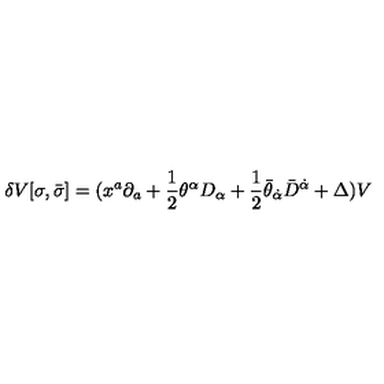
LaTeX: \delta V [ \sigma , \bar { \sigma } ] = ( x ^ { a } \partial _ { a } + \frac { 1 } { 2 } \theta ^ { \alpha } D _ { \alpha } + \frac { 1 } { 2 } \bar { \theta } _ { \dot { \alpha } } \bar { D } ^ { \dot { \alpha } } + \Delta ) V